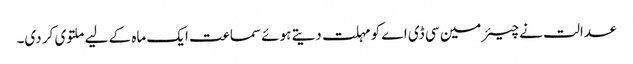
عدالت نے چیئرمین سی ڈی اے کو مہلت دیتے ہوئے سماعت ایک ماہ کے لیے ملتوی کر دی۔